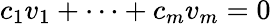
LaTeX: c_{1}v_{1}+\cdots+c_{m}v_{m}=0